Report of the Hyderabad Chloroform Commission
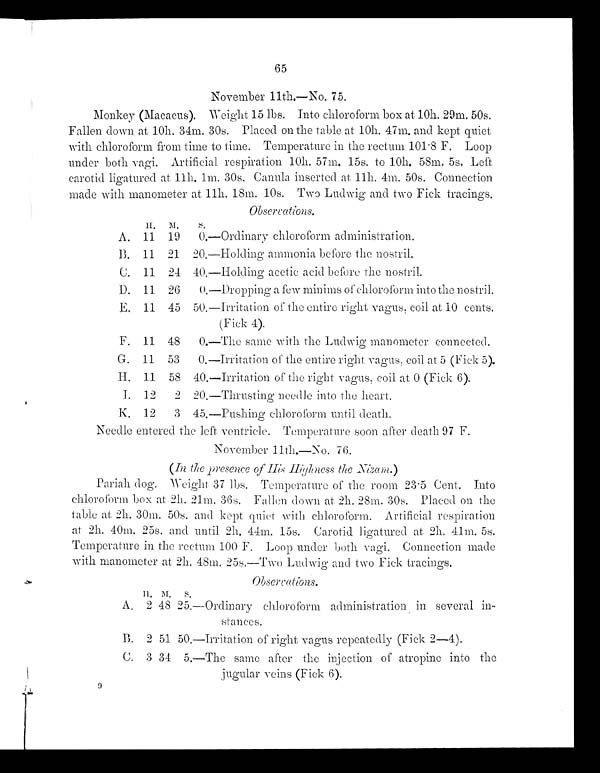
65
November llth.—No. 75.
Monkey (Macacus). Weight 15 lbs. Into chloroform box at 10h, 29m. 50s.
Fallen down at 10h. 34m. 30s. Placed on the table at 10h. 47m. and kept quiet
with chloroform from time to time. Temperature in the rectum 101 . 8 F. Loop
under both vagi. Artificial respiration 10h. 57m. 15s. to 10h. 58m. 5s. Left
carotid ligatured at 11h. lm. 30s. Canula inserted at 11h. 4m. 50s. Connection
made with manometer at 11h. 18m. 10s. Two Ludwig and two Fick tracings.
Observations.
H . M . s .
A. 11 19 0—Ordinary chloroform administration.
B. 11 21 20.—Holding ammonia before the nostril.
C. 11 24 40.—Holding acetic acid before the nostril.
D. 11 26 0—Dropping a few minims of chloroform into the nostril.
E. 11 45 50.—Irritation of the entire right vagus, coil at 10 cents.
(Fick 4).
F. 11 48 0.—The same with the Ludwig manometer connected.
G. 11 53 0.—Irritation of the entire right vagus, coil at 5 (Fick 5).
H.
11 58 40.—Irritation of the right vagus, coil at 0 (Fick 6).
J. 12 2 20.—Thrusting needle into the heart.
K. 12 3 45.—Pushing chloroform until death.
Needle entered the left ventricle. Temperature soon after death 97 F.
November 11th.—No. 76.
(In the presence of His Highness the Nizam.)
Pariah dog. Weight 37 lbs. Temperature of the room 23·5 Cent. Into
chloroform box at 2h. 21m. 36s. Fallen down at 2h. 28m. 30s. Placed on the
table at 2h. 30m. 50s. and kept quiet with chloroform. Artificial respiration
at 2h. 40m. 25s. and until 2h. 44m. 15s. Carotid ligatured at 2h. 41m. 5s.
Temperature in the rectum 100 F. Loop under both vagi. Connection made
with manometer at. 2h. 48m. 25s.-Two Ludwig and two Fick tracings.
Observations,
H . M .
s .
A. 2 48 25.—Ordinary chloroform administration in several in
stances.
B. 2 51 50.—Irritation of right vagus repeatedly (Fick 2-4).
C. 3 34 5.—The same after the injection of atropine into the
jugular veins (Fick 6).
9